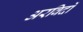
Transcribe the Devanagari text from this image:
अरविदों